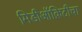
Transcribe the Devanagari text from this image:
मिडीऑक्रिटीचा